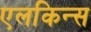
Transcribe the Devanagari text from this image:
एलकिन्स